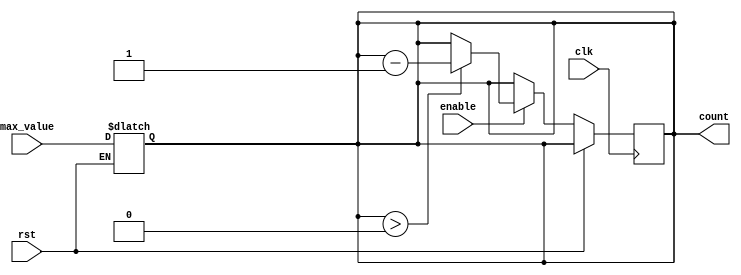
module down_counter #(
    parameter N = 4           // Number of bits for the counter (adjustable)
)(
    input wire clk,          // Clock input
    input wire rst,          // Asynchronous reset input
    input wire enable,       // Enable signal for counting
    input wire [N-1:0] max_value, // Maximum value to initialize the counter
    output reg [N-1:0] count // Current count output
);

    // Asynchronous Reset Logic
    always @(*) begin
        if (rst) begin
            count <= max_value; // Reset to maximum value
        end
    end

    // Synchronous Counting Logic
    always @(posedge clk) begin
        if (!rst) begin             // Check if reset is not active
            if (enable) begin       // Check if counting is enabled
                if (count > 0) begin
                    count <= count - 1; // Decrement the counter
                end 
                // If count is zero, it stays zero
            end
        end
    end
endmodule